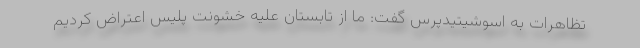
تظاهرات به اسوشیتیدپرس گفت: ما از تابستان علیه خشونت پلیس اعتراض کردیم